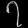
Digit: ၇